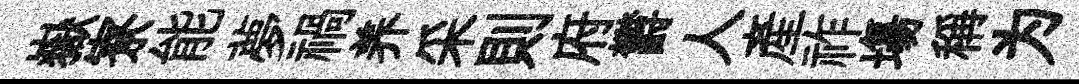
嶽寮能夢禍养采則府欝人產祚塲稱为